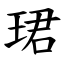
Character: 珺